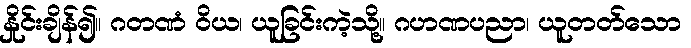
နှိုင်းချိန်၍။ ဂတဏံ ဝိယ၊ ယူခြင်းကဲ့သို့။ ဂဟဏပညာ၊ ယူတတ်သော